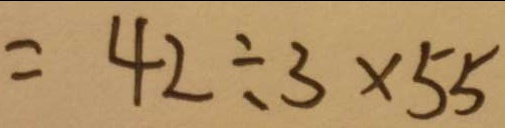
= 4 2 \div 3 \times 5 5